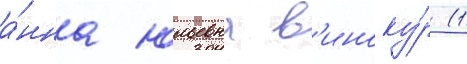
а́нна юльевна в'иноку́р (1